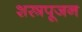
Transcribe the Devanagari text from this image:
शस्त्रपूजन